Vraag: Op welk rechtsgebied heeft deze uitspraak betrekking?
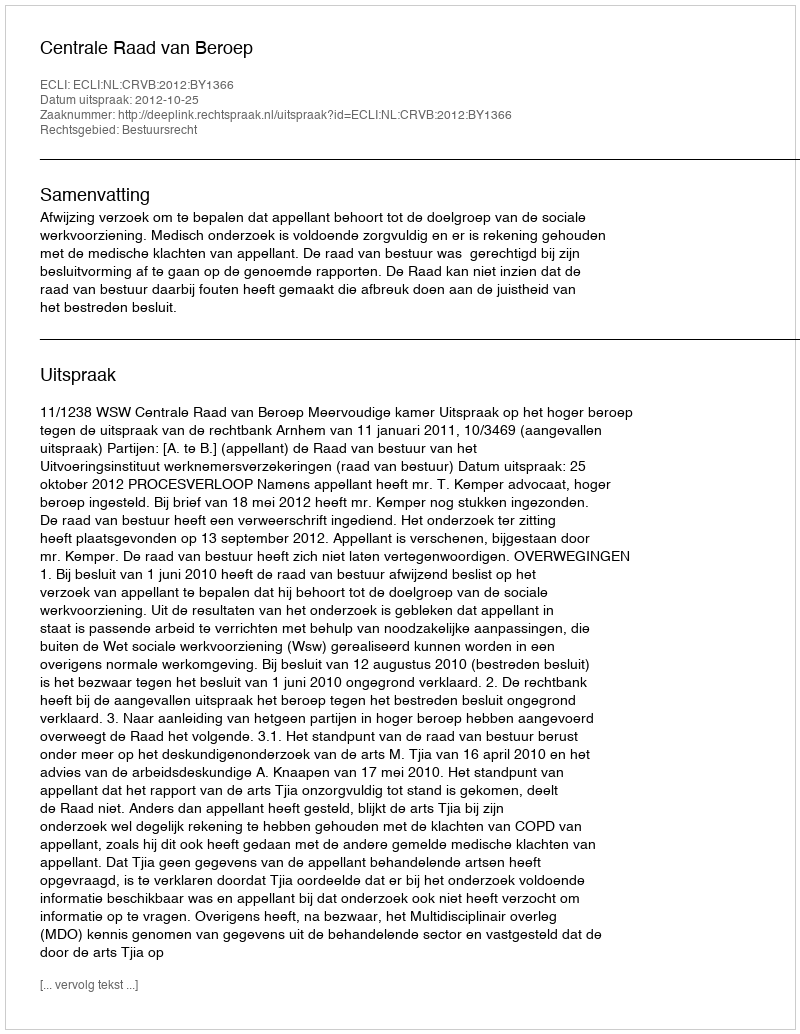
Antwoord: Bestuursrecht